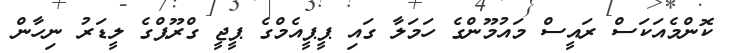
ކޮންމެއަކަސް ރައީސް މައުމޫންގެ ހަމަލާ ގައި ޕީޕީއެމްގެ ޕީޖީ ގްރޫޕްގެ ލީޑަރު ނިހާން